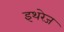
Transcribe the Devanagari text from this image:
इथरेज